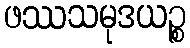
ဖဿသမုဒယဉ္စ